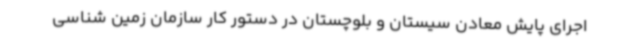
اجرای پایش معادن سیستان و بلوچستان در دستور کار سازمان زمین شناسی